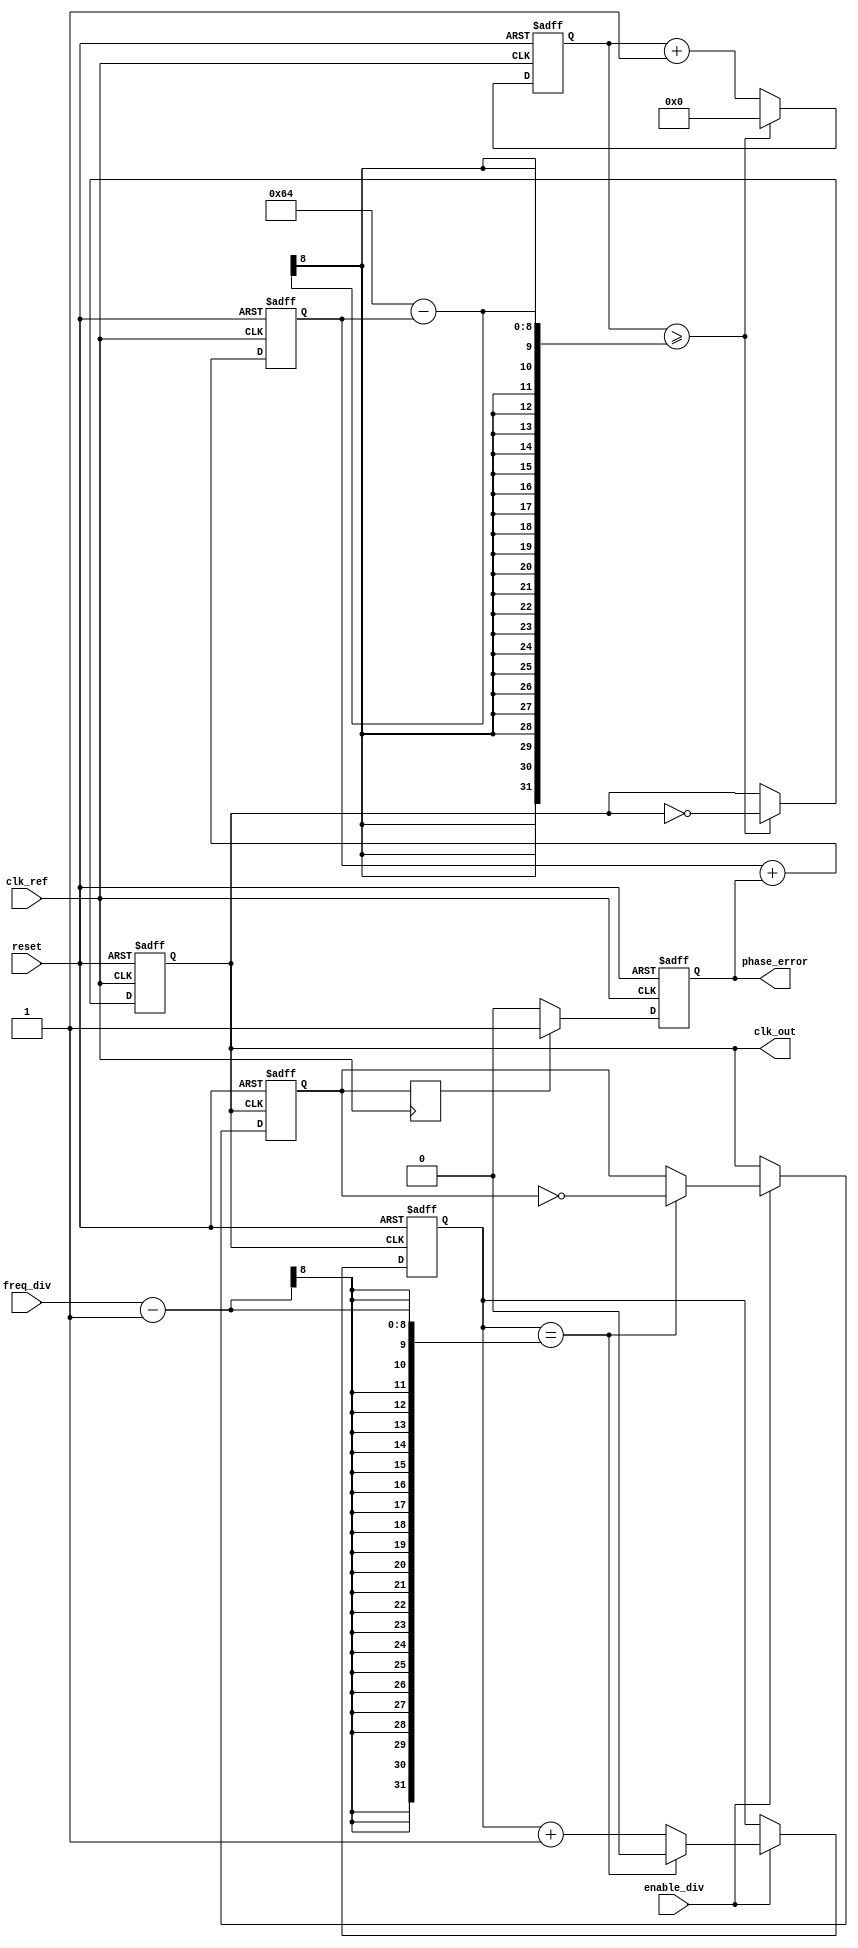
module PLL(
    input wire clk_ref,           // Reference clock
    input wire reset,             // Active high reset
    output reg clk_out,           // Output clock
    output wire phase_error,      // Phase error output
    input wire [7:0] freq_div,    // Frequency divider input
    input wire enable_div          // Enable for the frequency divider
);

// Phase Detector: Measures the phase difference between clk_ref and clk_fb
reg clk_fb;                      // Feedback clock (from output)
reg phase_error_signal;          // Phase error signal

always @(posedge clk_ref or posedge reset) begin
    if (reset) begin
        phase_error_signal <= 0;
    end else begin
        // Check for rising edges of both clocks and adjust phase error
        if (clk_fb) begin
            phase_error_signal <= 1; // Indicates a phase error detected
        end else begin
            phase_error_signal <= 0; // No phase error
        end
    end
end

assign phase_error = phase_error_signal;

// Loop Filter: Simple first-order low-pass filter implementation
reg [7:0] filter_output;         // Filter output (control voltage)

always @(posedge clk_ref or posedge reset) begin
    if (reset) begin
        filter_output <= 8'd0; // Reset filter output
    end else begin
        filter_output <= filter_output + phase_error_signal; // Simple integration
    end
end

// Voltage-Controlled Oscillator (VCO): Generates the output clock based on filter output
reg [31:0] counter;              // Counter for generating clk_out
parameter N = 100;               // Frequency scaling factor

always @(posedge clk_ref or posedge reset) begin
    if (reset) begin
        counter <= 32'd0;
        clk_out <= 1'b0;
    end else begin
        counter <= counter + 1;
        if (counter >= (N - filter_output)) begin // Adjust frequency based on control voltage
            clk_out <= ~clk_out;
            counter <= 32'd0;
        end
    end
end

// Feedback Path with Frequency Divider (optional)
reg div_counter;                 // Divider counter
reg clk_fb_reg;                  // Feedback clock register

always @(posedge clk_out or posedge reset) begin
    if (reset) begin
        div_counter <= 0;
        clk_fb_reg <= 0;
    end else if (enable_div) begin
        if (div_counter == freq_div - 1) begin
            clk_fb_reg <= ~clk_fb_reg; // Toggle feedback clock
            div_counter <= 0;
        end else begin
            div_counter <= div_counter + 1;
        end
    end else begin
        clk_fb_reg <= clk_out; // Bypass divider if disabled
    end
end

always @(posedge clk_ref) begin
    clk_fb <= clk_fb_reg; // Assign feedback clock for phase detection
end

endmodule